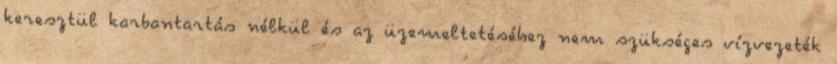
keresztül karbantartás nélkül és az üzemeltetéséhez nem szükséges vízvezeték